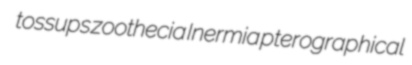
tossups zoothecia Inermia pterographical